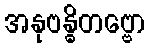
အနုဗန္ဓိတဗ္ဗော